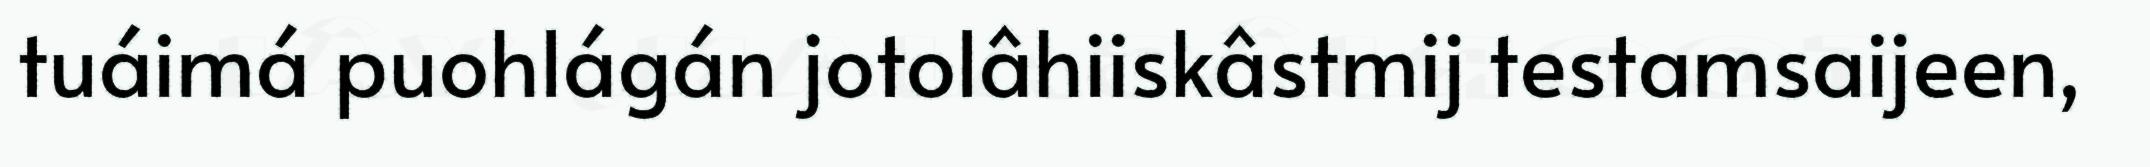
tuáimá puohlágán jotolâhiiskâstmij testamsaijeen,